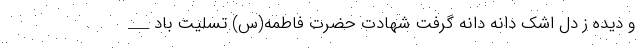
و دیده ز دل اشکِ دانه دانه گرفت شهادت حضرت فاطمه(س) تسلیت باد ___